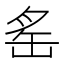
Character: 䍃